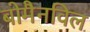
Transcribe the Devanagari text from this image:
बोमैनविल